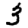
Digit: 3